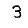
Digit: 3